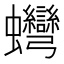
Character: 䘎